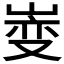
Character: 𫶄